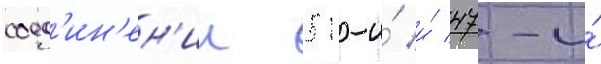
соед'ин'ен'ии 51-и́ и́ 47-и́